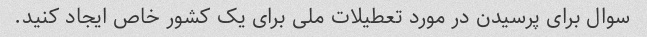
سوال برای پرسیدن در مورد تعطیلات ملی برای یک کشور خاص ایجاد کنید.